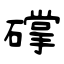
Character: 礃